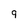
Character: 9